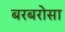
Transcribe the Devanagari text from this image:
बरबरोसा